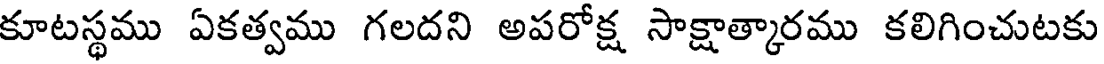
కూటస్థము ఏకత్వము గలదని అపరోక్ష సాక్షాత్కారము కలిగించుటకు